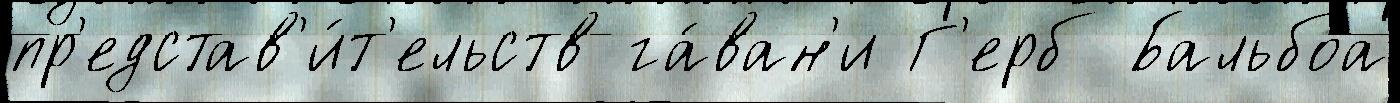
пр'едстав'и́т'ельств га́ван'и Г'ерб Бальбоа